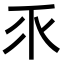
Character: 乑